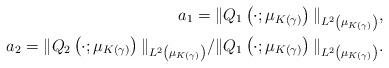
LaTeX: \begin{align*} a_1=\|Q_1\left(\cdot;\mu_{K(\gamma)}\right)\|_{L^{2}\left(\mu_{K(\gamma)}\right)},\\ a_2=\|Q_2\left(\cdot;\mu_{K(\gamma)}\right)\|_{L^{2}\left(\mu_{K(\gamma)}\right)}/\|Q_1\left(\cdot;\mu_{K(\gamma)}\right)\|_{L^{2}\left(\mu_{K(\gamma)}\right)}. \end{align*}